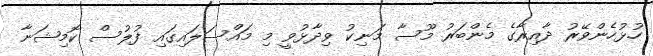
ހުޅުހެންވޭރު ދާއިރާގެ މެންބަރު މޫސާ މަނިކު ވިދާޅުވީ މި މައްސަލައިގައި ފުލުސް ކޮމިޝަނާ